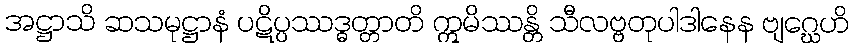
အဋ္ဌာသိ ဆသမုဋ္ဌာနံ ပဋိပ္ပဿဒ္ဓတ္တာတိ ဣမိဿန္တိ သီလဗ္ဗတုပါဒါနေန ဗျဂ္ဃေဟိ